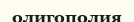
олигополия